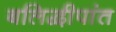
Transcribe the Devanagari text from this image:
बलिद्वीपांत